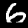
Digit: 6